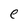
Character: e